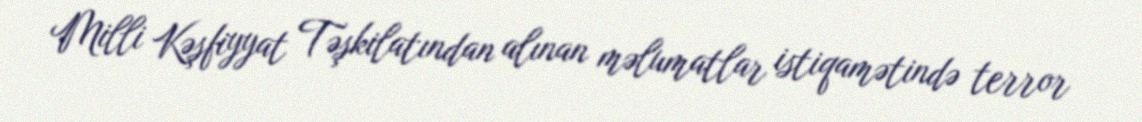
Milli Kəşfiyyat Təşkilatından alınan məlumatlar istiqamətində terror